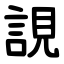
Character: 誢